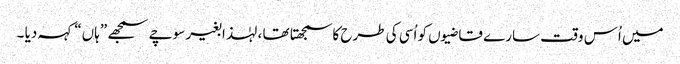
میں اُس وقت سارے قاضیوں کو اُسی کی طرح کاسمجھتا تھا ، لہٰذا بغیر سوچے سمجھے ”ہاں“ کہہ دیا ۔